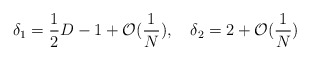
\begin{align*}\delta_1=\frac{1}{2}D-1+\mathcal{O}(\frac{1}{N}), \quad \delta_2=2+\mathcal{O}(\frac{1}{N})\end{align*}